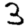
Digit: 3